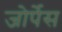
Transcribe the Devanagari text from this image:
जोर्पेस